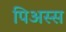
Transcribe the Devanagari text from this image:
पिअस्स